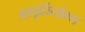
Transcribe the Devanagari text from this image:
आपूर्तियोग्य